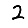
Digit: 2